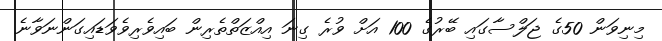
މިނިވަން 50ގެ ޖަލްސާގައި ބޭރުގެ 100 އަށް ވުރެ ގިނަ އިއްޒަތްތެރިން ބައިވެރިވެވަޑައިގަންނަވާނެ